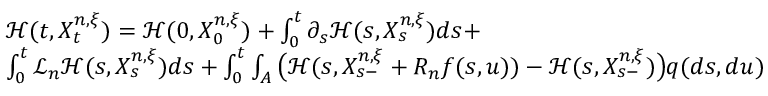
\begin{array} { r l } & { { \mathcal H } ( t , X _ { t } ^ { n , \xi } ) = { \mathcal H } ( 0 , X _ { 0 } ^ { n , \xi } ) + \int _ { 0 } ^ { t } \partial _ { s } { \mathcal H } ( s , X _ { s } ^ { n , \xi } ) d s + } \\ & { \int _ { 0 } ^ { t } \mathcal { L } _ { n } \mathcal { H } ( s , X _ { s } ^ { n , \xi } ) d s + \int _ { 0 } ^ { t } \int _ { A } \big ( { \mathcal H } ( s , X _ { s - } ^ { n , \xi } + R _ { n } f ( s , u ) ) - { \mathcal H } ( s , X _ { s - } ^ { n , \xi } ) \big ) q ( d s , d u ) } \end{array}